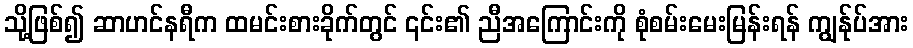
သို့ဖြစ်၍ ဆာဟင်နရီက ထမင်းစားခိုက်တွင် ၎င်း၏ ညီအကြောင်းကို စုံစမ်းမေးမြန်းရန် ကျွန်ုပ်အား